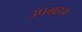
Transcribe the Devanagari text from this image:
उपग्रहच